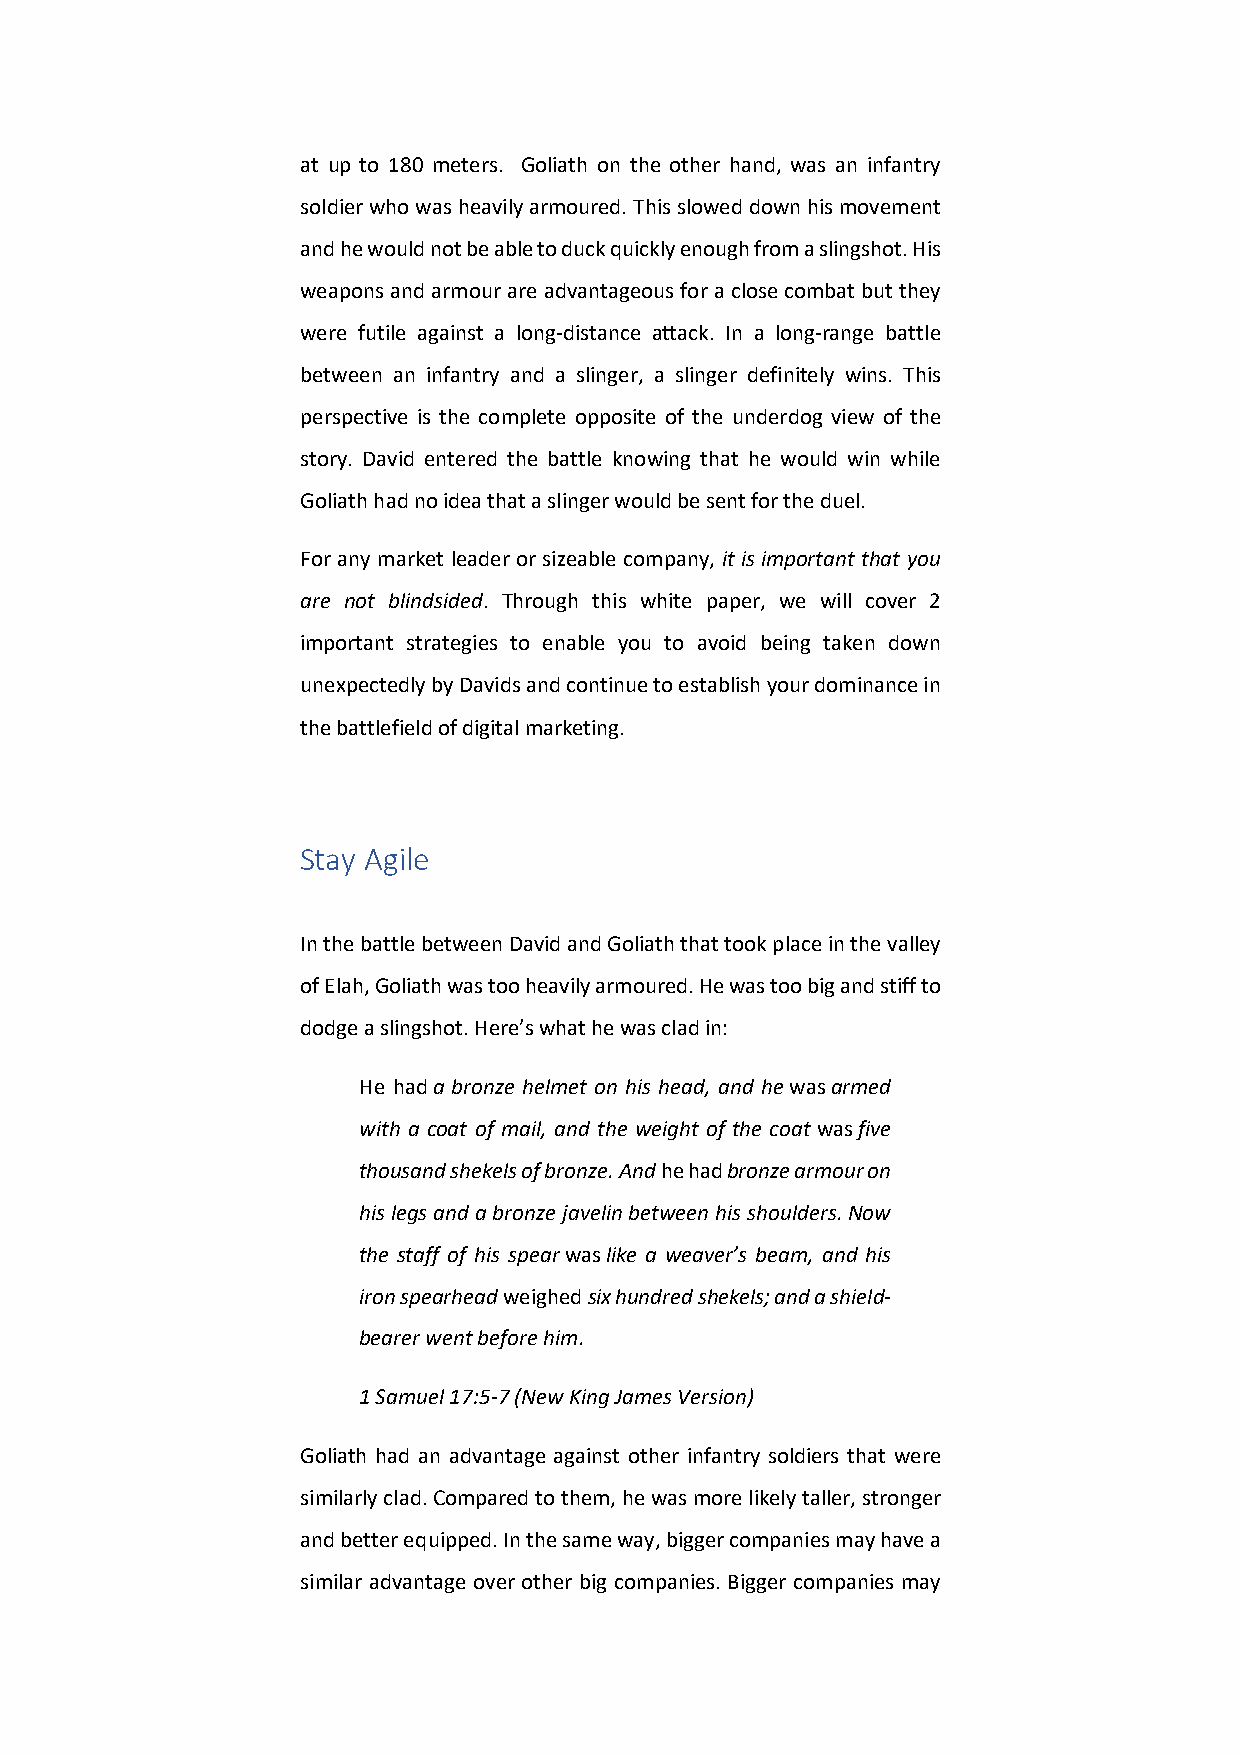
at up to 180 meters. Goliath on the other hand, was an infantry
 soldier who was heavily armoured. This slowed down his movement
 and he would not be able to duck quickly enough from a slingshot. His
 weapons and armour are advantageous for a close combat but they
 were futile against a long-distance attack. In a long-range battle
 between an infantry and a slinger, a slinger definitely wins. This
 perspective is the complete opposite of the underdog view of the
 stםory. David entered the battle knowinחg that heַ would win while לָ
 Goliath had no idea that a slinger would be sent for the duel.
 For any market leader or sizeable company, it is important that you
 are not blindsided. Through this white paper, we will cover 2
 important strategies to enable you to avoid being taken down
 unexpectedly by Davids and continue to establish your dominance in
 the battlefield of digital marketing.
 Stay Agile
 In the battle between David and Goliath that took place in the valley
 of Elah, Goliath was too heavily armoured. He was too big and stiff to
 dodge a slingshot. Here’s what he was clad in:
 He had a bronze helmet on his head, and he was armed
 with a coat of mail, and the weight of the coat was five
 thousand shekels of bronze. And he had bronze armour on
 his legs and a bronze javelin between his shoulders. Now
 the staff of his spear was like a weaver’s beam, and his
 iron spearhead weighed six hundred shekels; and a shield-
 bearer went before him.
 1 Samuel 17:5-7 (New King James Version)
 Goliath had an advantage against other infantry soldiers that were
 similarly clad. Compared to them, he was more likely taller, stronger
 and better equipped. In the same way, bigger companies may have a
 similar advantage over other big companies. Bigger companies may